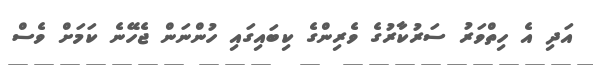
އަދި އެ ހިތްވަރު ސަރުކާރުގެ ވެރިންގެ ކިބައިގައި ހުންނަން ޖެހޭނެ ކަމަށް ވެސް